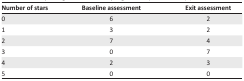
<table><thead><tr><td><b>Number of stars</b></td><td><b>Baseline assessment</b></td><td><b>Exit assessment</b></td></tr></thead><tbody><tr><td>0</td><td>6</td><td>2</td></tr><tr><td>1</td><td>3</td><td>2</td></tr><tr><td>2</td><td>7</td><td>4</td></tr><tr><td>3</td><td>0</td><td>7</td></tr><tr><td>4</td><td>2</td><td>3</td></tr><tr><td>5</td><td>0</td><td>0</td></tr></tbody></table>